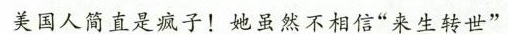
美国人简直是疯子！她虽然不相信”来生转世”